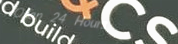
Open 24 Hours